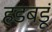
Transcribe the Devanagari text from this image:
हडबडूं